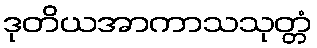
ဒုတိယအာကာသသုတ္တံ